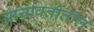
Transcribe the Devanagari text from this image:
आर्यावर्तातील